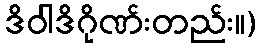
ဒိဝါဒိဂိုဏ်းတည်း။)